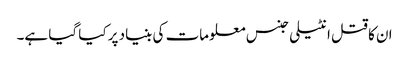
ان کا قتل انٹیلی جنس معلومات کی بنیاد پر کیا گیا ہے۔